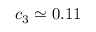
c _ { 3 } \simeq 0 . 1 1